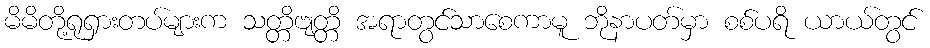
မိမိတို့ရုရှားတပ်များက သတ္တိဗျတ္တိ အရာတွင်သာစေကာမူ ဘိုနာပတ်မှာ စစ်ပရိ ယာယ်တွင်